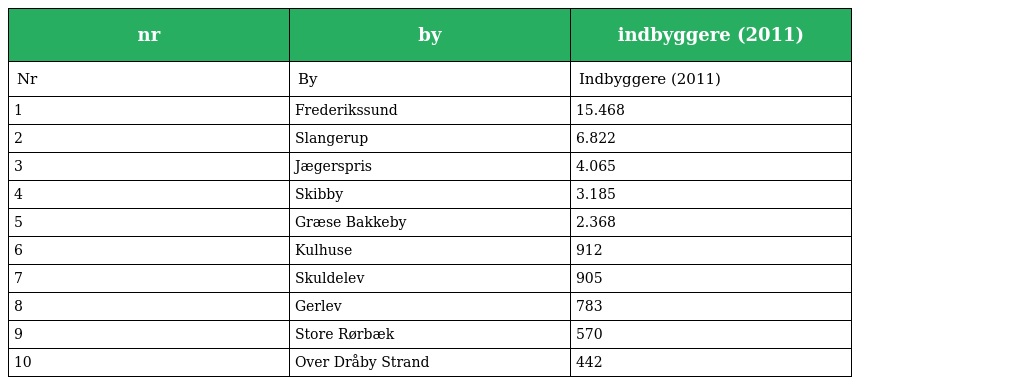
| nr | by | indbyggere (2011) |
 | --- | --- | --- |
 | Nr | By | Indbyggere (2011) |
 | 1 | Frederikssund | 15.468 |
 | 2 | Slangerup | 6.822 |
 | 3 | Jægerspris | 4.065 |
 | 4 | Skibby | 3.185 |
 | 5 | Græse Bakkeby | 2.368 |
 | 6 | Kulhuse | 912 |
 | 7 | Skuldelev | 905 |
 | 8 | Gerlev | 783 |
 | 9 | Store Rørbæk | 570 |
 | 10 | Over Dråby Strand | 442 |